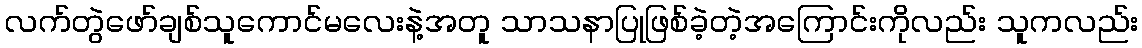
လက်တွဲဖော်ချစ်သူကောင်မလေးနဲ့အတူ သာသနာပြုဖြစ်ခဲ့တဲ့အကြောင်းကိုလည်း သူကလည်း